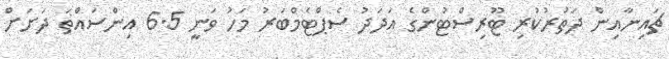
ޗައިނާއިން ދަތުރުކުރި ޓޫރިސްޓުންގެ އަދަދު ސެޕްޓެމްބަރު މަހު ވަނީ 6.5 އިންސައްތަ ދަށަށް